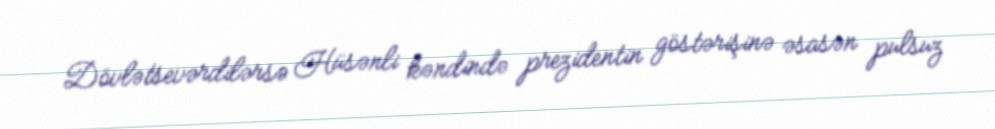
Dövlətsevərdilərsə Hüsənli kəndində prezidentin göstərişinə əsasən pulsuz